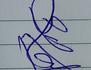
Signature authenticity: genuine